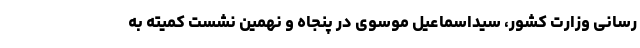
رسانی وزارت کشور، سیداسماعیل موسوی در پنجاه و نهمین نشست کمیته به